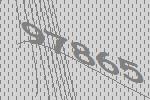
97865